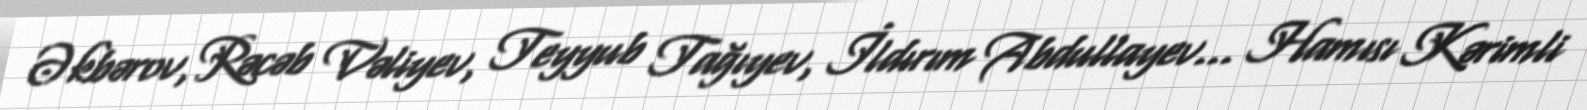
Əkbərov, Rəcəb Vəliyev, Teyyub Tağıyev, İldırım Abdullayev... Hamısı Kərimli